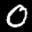
Label: 0